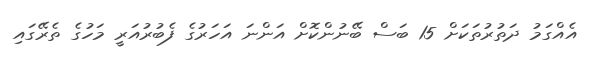
އެއްގަމު ދަތުރުތަކަށް 15 ބަސް ބޭނުންކޮށް އަންނަ އަހަރުގެ ފެބުރުއަރީ މަހުގެ ތެރޭގައި